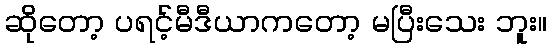
ဆိုတော့ ပရင့်မီဒီယာကတော့ မပြီးသေး ဘူး။